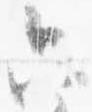
六